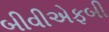
બીવીએફબી